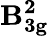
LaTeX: \mathbf{B_{3g}^{2}}